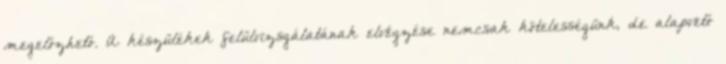
megelőzhető. A készülékek felülvizsgálatának elvégzése nemcsak kötelességünk, de alapvető